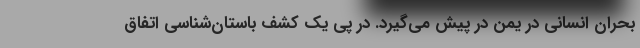
بحران انسانی در یمن در پیش می‌گیرد. در پی یک کشف باستان‌شناسی اتفاق